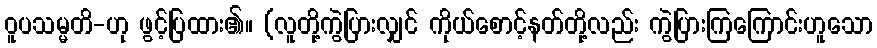
ဝူပသမ္မတိ-ဟု ဖွင့်ပြထား၏။ (လူတို့ကွဲပြားလျှင် ကိုယ်စောင့်နတ်တို့လည်း ကွဲပြားကြကြောင်းဟူသော